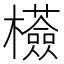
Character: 𣠇